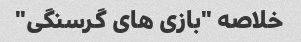
خلاصه "بازی های گرسنگی"